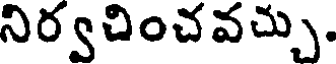
నిర్వచించవచ్చు.